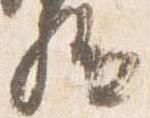
駈